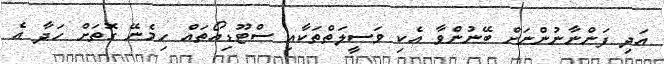
އަދި ފަންނާނުންނަށް ބޭނުންވާ އެކި ވަސީލަތްތަކާއި ސްޓޫޑިއޯތައް ހިމެނޭ ގޮތަށް ހަދާ އެ